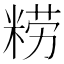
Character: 𰪿